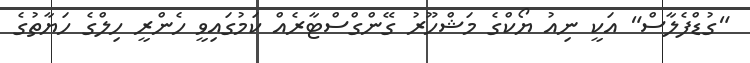
"ގުޑްފެލާސް" އަކީ ނިއު ޔޯކްގެ މަޝްހޫރު ގޭންގްސްޓާރެއް ކަމުގައިވީ ހެންރީ ހިލްގެ ހަޔާތުގެ